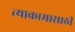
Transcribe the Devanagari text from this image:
त्याकामासाठी